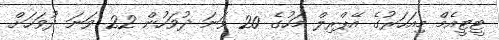
ޓީޓީއެމް މިއަހަރުގެ އޭޕްރިލް މަހުގެ 20 ވަނަ ދުވަހުން 22 ވަނަ ދުވަހަށް